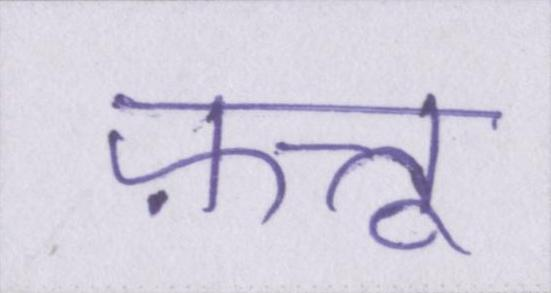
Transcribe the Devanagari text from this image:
फ़त्तू